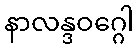
နာလန္ဒဝဂ္ဂေါ